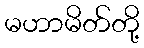
မဟာမိတ်တို့